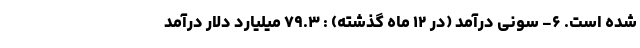
شده است. ۶- سونی درآمد (در ۱۲ ماه گذشته) : ۷۹.۳ میلیارد دلار درآمد